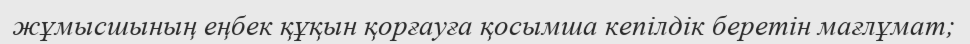
жұмысшының еңбек құқын қорғауға қосымша кепілдік беретін мағлұмат;